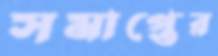
সমাপ্তের